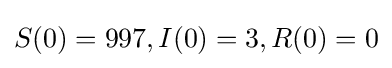
{\textstyle S(0)=997,I(0)=3,R(0)=0}